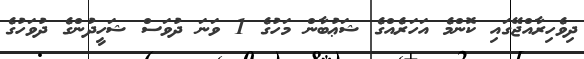
ދިވެހިރާއްޖޭގައި ކޮންމެ އަހަރެއްގެ ޝަޢުބާން މަހުގެ 1 ވަނަ ދުވަސް ޝަހީދުންގެ ދުވަހުގެ